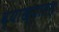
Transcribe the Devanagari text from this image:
व्याख्यातम्